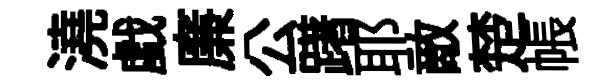
澆戯廉公躇耶敵楚帳